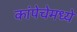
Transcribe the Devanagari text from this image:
कांपेचेमध्ये